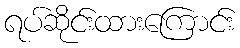
ရပ်ဆိုင်းထားကြောင်း